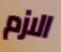
الازم